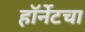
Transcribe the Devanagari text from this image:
हॉर्नेटचा